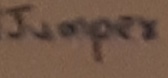
Text: Jumper